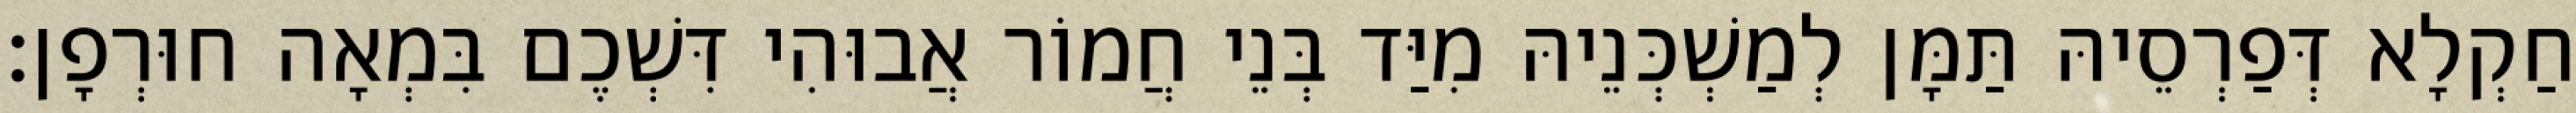
חַקְלָא דְּפַרְסֵיהּ תַּמָּן לְמַשְׁכְּנֵיהּ מִיַּד בְּנֵי חֲמוֹר אֲבוּהִי דִּשְׁכֶם בִּמְאָה חוּרְפָן׃